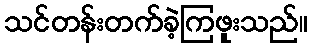
သင်တန်းတက်ခဲ့ကြဖူးသည်။